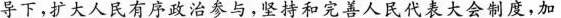
导下，扩大人民有序政治参与，坚持和完善人民代表大会制度，加